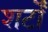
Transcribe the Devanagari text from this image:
शर्टों